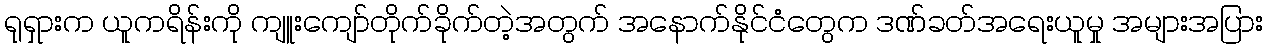
ရုရှားက ယူကရိန်းကို ကျူးကျော်တိုက်ခိုက်တဲ့အတွက် အနောက်နိုင်ငံတွေက ဒဏ်ခတ်အရေးယူမှု အများအပြား